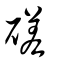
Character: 磋